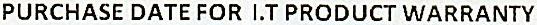
PURCHASE DATE FOR I.T PRODUCT WARRANTY